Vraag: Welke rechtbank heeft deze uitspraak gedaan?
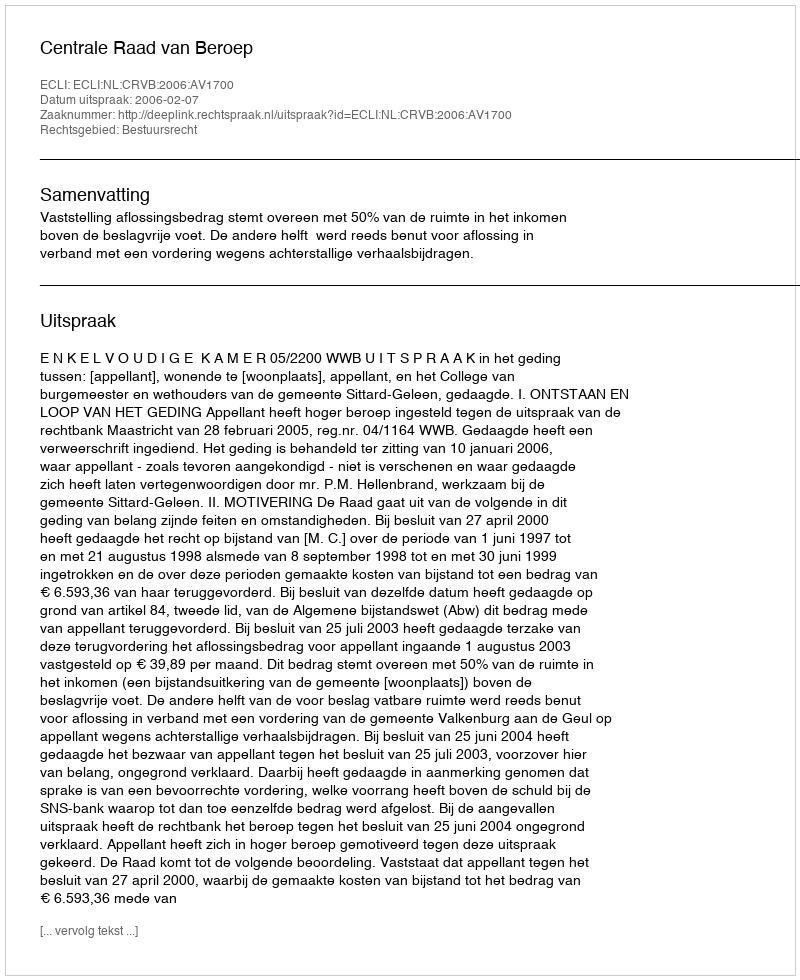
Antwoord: Centrale Raad van Beroep